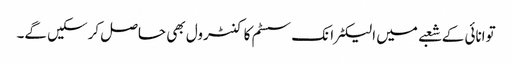
توانائی کے شعبے میں الیکٹرانک سسٹم کا کنٹرول بھی حاصل کرسکیں گے۔